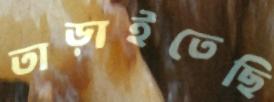
তাড়াইতেছি